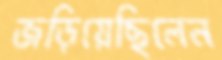
জড়িয়েছিলেন